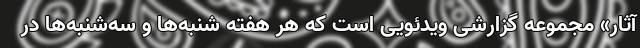
آثار» مجموعه‌ گزارشی ویدئویی است که هر هفته شنبه‌ها و سه‌شنبه‌ها در